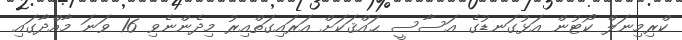
ކްރިމިނަލް ކޯޓުން އަޅުގަނޑުގެ އަސާސީ ޙައްޤަކަށް އަރައިގަތްއިރު މިދެންނެވި 16 ވަނަ މާއްދާގައި